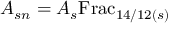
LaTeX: A _ { s n } = A _ { s } { \mathrm { F r a c } } _ { 1 4 / 1 2 ( s ) }